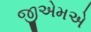
જીએમએ